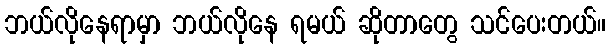
ဘယ်လိုနေရာမှာ ဘယ်လိုနေ ရမယ် ဆိုတာတွေ သင်ပေးတယ်။